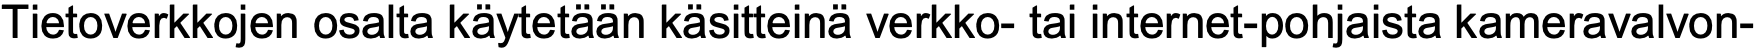
Tietoverkkojen osalta käytetään käsitteinä verkko- tai internet-pohjaista kameravalvon-